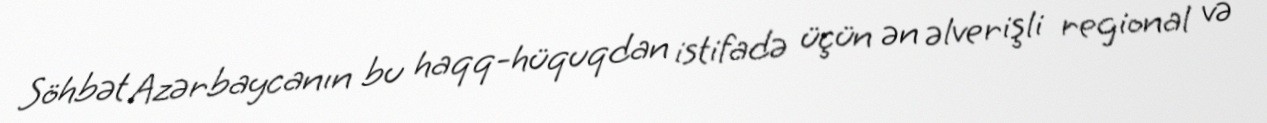
Söhbət Azərbaycanın bu haqq-hüquqdan istifadə üçün ən əlverişli regional və